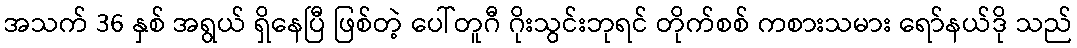
အသက် 36 နှစ် အရွယ် ရှိနေပြီ ဖြစ်တဲ့ ပေါ်တူဂီ ဂိုးသွင်းဘုရင် တိုက်စစ် ကစားသမား ရော်နယ်ဒို သည်